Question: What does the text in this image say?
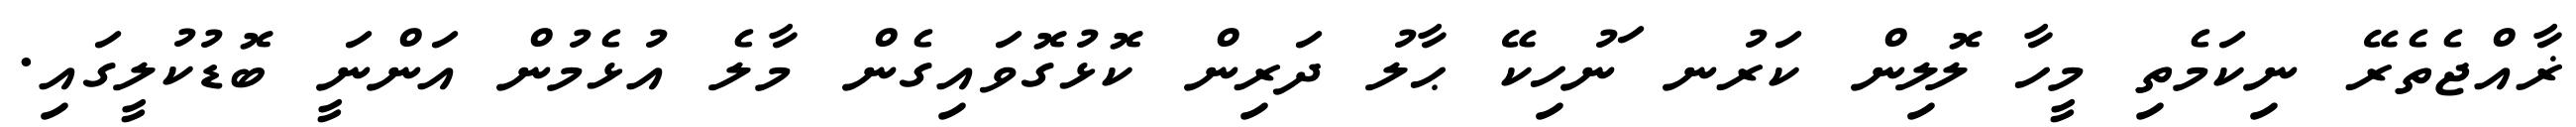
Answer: ޜާއްޖެތެރޭ ނިކަމެތި މީހާ ލޮލިން ކަރުނ ަނުހިކޭ ޙާލު ދަރިން ކޮޅުގޮވައިގެން މާލެ އުޅެމުން އަންނަީ ބޮޑުކުލީގައި.